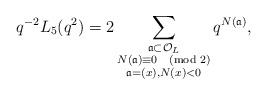
\begin{align*} q^{-2} L_{5}(q^{2}) = 2\sum_{\substack{\frak{a} \subset \mathcal{O}_{L} \\ N(\frak{a}) \equiv 0 \pmod{2} \\ \frak{a} = (x), N(x) < 0}} q^{N(\frak{a})},\end{align*}